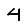
Digit: 4